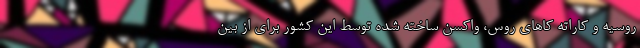
روسیه و کاراته کاهای روس، واکسن ساخته شده توسط این کشور برای از بین